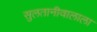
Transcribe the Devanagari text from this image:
सुलतानीवालाला